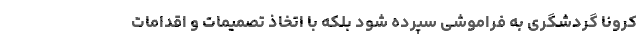
کرونا گردشگری به فراموشی سپرده شود بلکه با اتخاذ تصمیمات و اقدامات